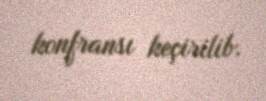
konfransı keçirilib.